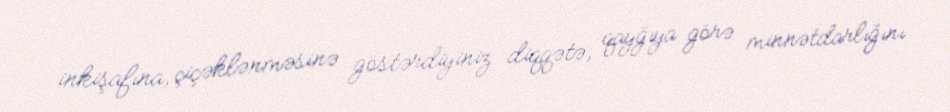
inkişafına, çiçəklənməsinə göstərdiyiniz diqqətə, qayğıya görə minnətdarlığını